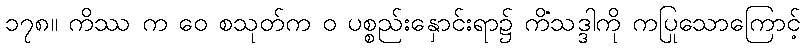
၁၇၈။ ကိဿ က ဝေ စသုတ်က ဝ ပစ္စည်းနှောင်းရာ၌ ကိံသဒ္ဒါကို ကပြုသောကြောင့်